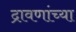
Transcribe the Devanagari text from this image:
द्रावणांच्या